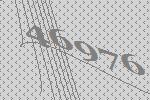
46976